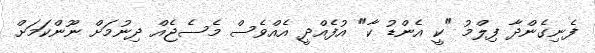
ފެނިގެންދާ ފިލްމު "ކީ އެންޑު ކާ" އުފެއްދީ އެއްވެސް މެސެޖެއް ދިނުމަށް ނޫންކަމަށް